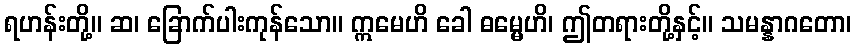
ရဟန်းတို့။ ဆ၊ ခြောက်ပါးကုန်သော။ ဣမေဟိ ခေါ ဓမ္မေဟိ၊ ဤတရားတို့နှင့်။ သမန္နာဂတော၊